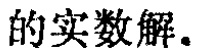
的实数解.